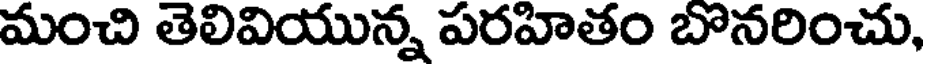
మంచి తెలివియున్న పరహితం బొనరించు,